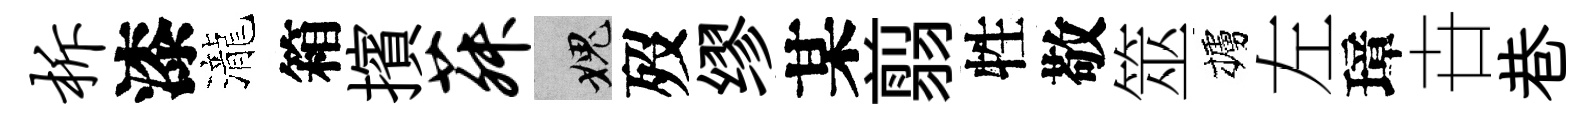
柝漆瀧箱擯菽愧歿缪某翦牲敬筮櫨左璋卋巷